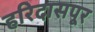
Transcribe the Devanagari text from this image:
हरिदासपूर